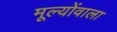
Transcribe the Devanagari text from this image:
मूल्योंवाला